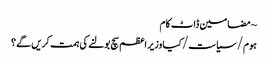
~ مضامین ڈاٹ کام
ہوم/سیاست/کیا وزیر اعظم سچ بولنے کی ہمت کریں گے؟